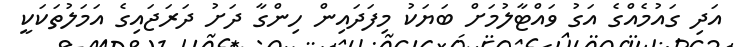
އަދި ގައުމެއްގެ އަގު ވައްޓާލުމަށް ބަޔަކު މިފަދައިން ހިންގާ ދަށު ދަރަޖައިގެ އަމަލުތަކަކީ